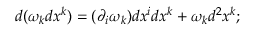
d ( \omega _ { k } d x ^ { k } ) = ( \partial _ { i } \omega _ { k } ) d x ^ { i } d x ^ { k } + \omega _ { k } d ^ { 2 } x ^ { k } ;